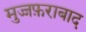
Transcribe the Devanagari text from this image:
मुज्जफ़राबाद